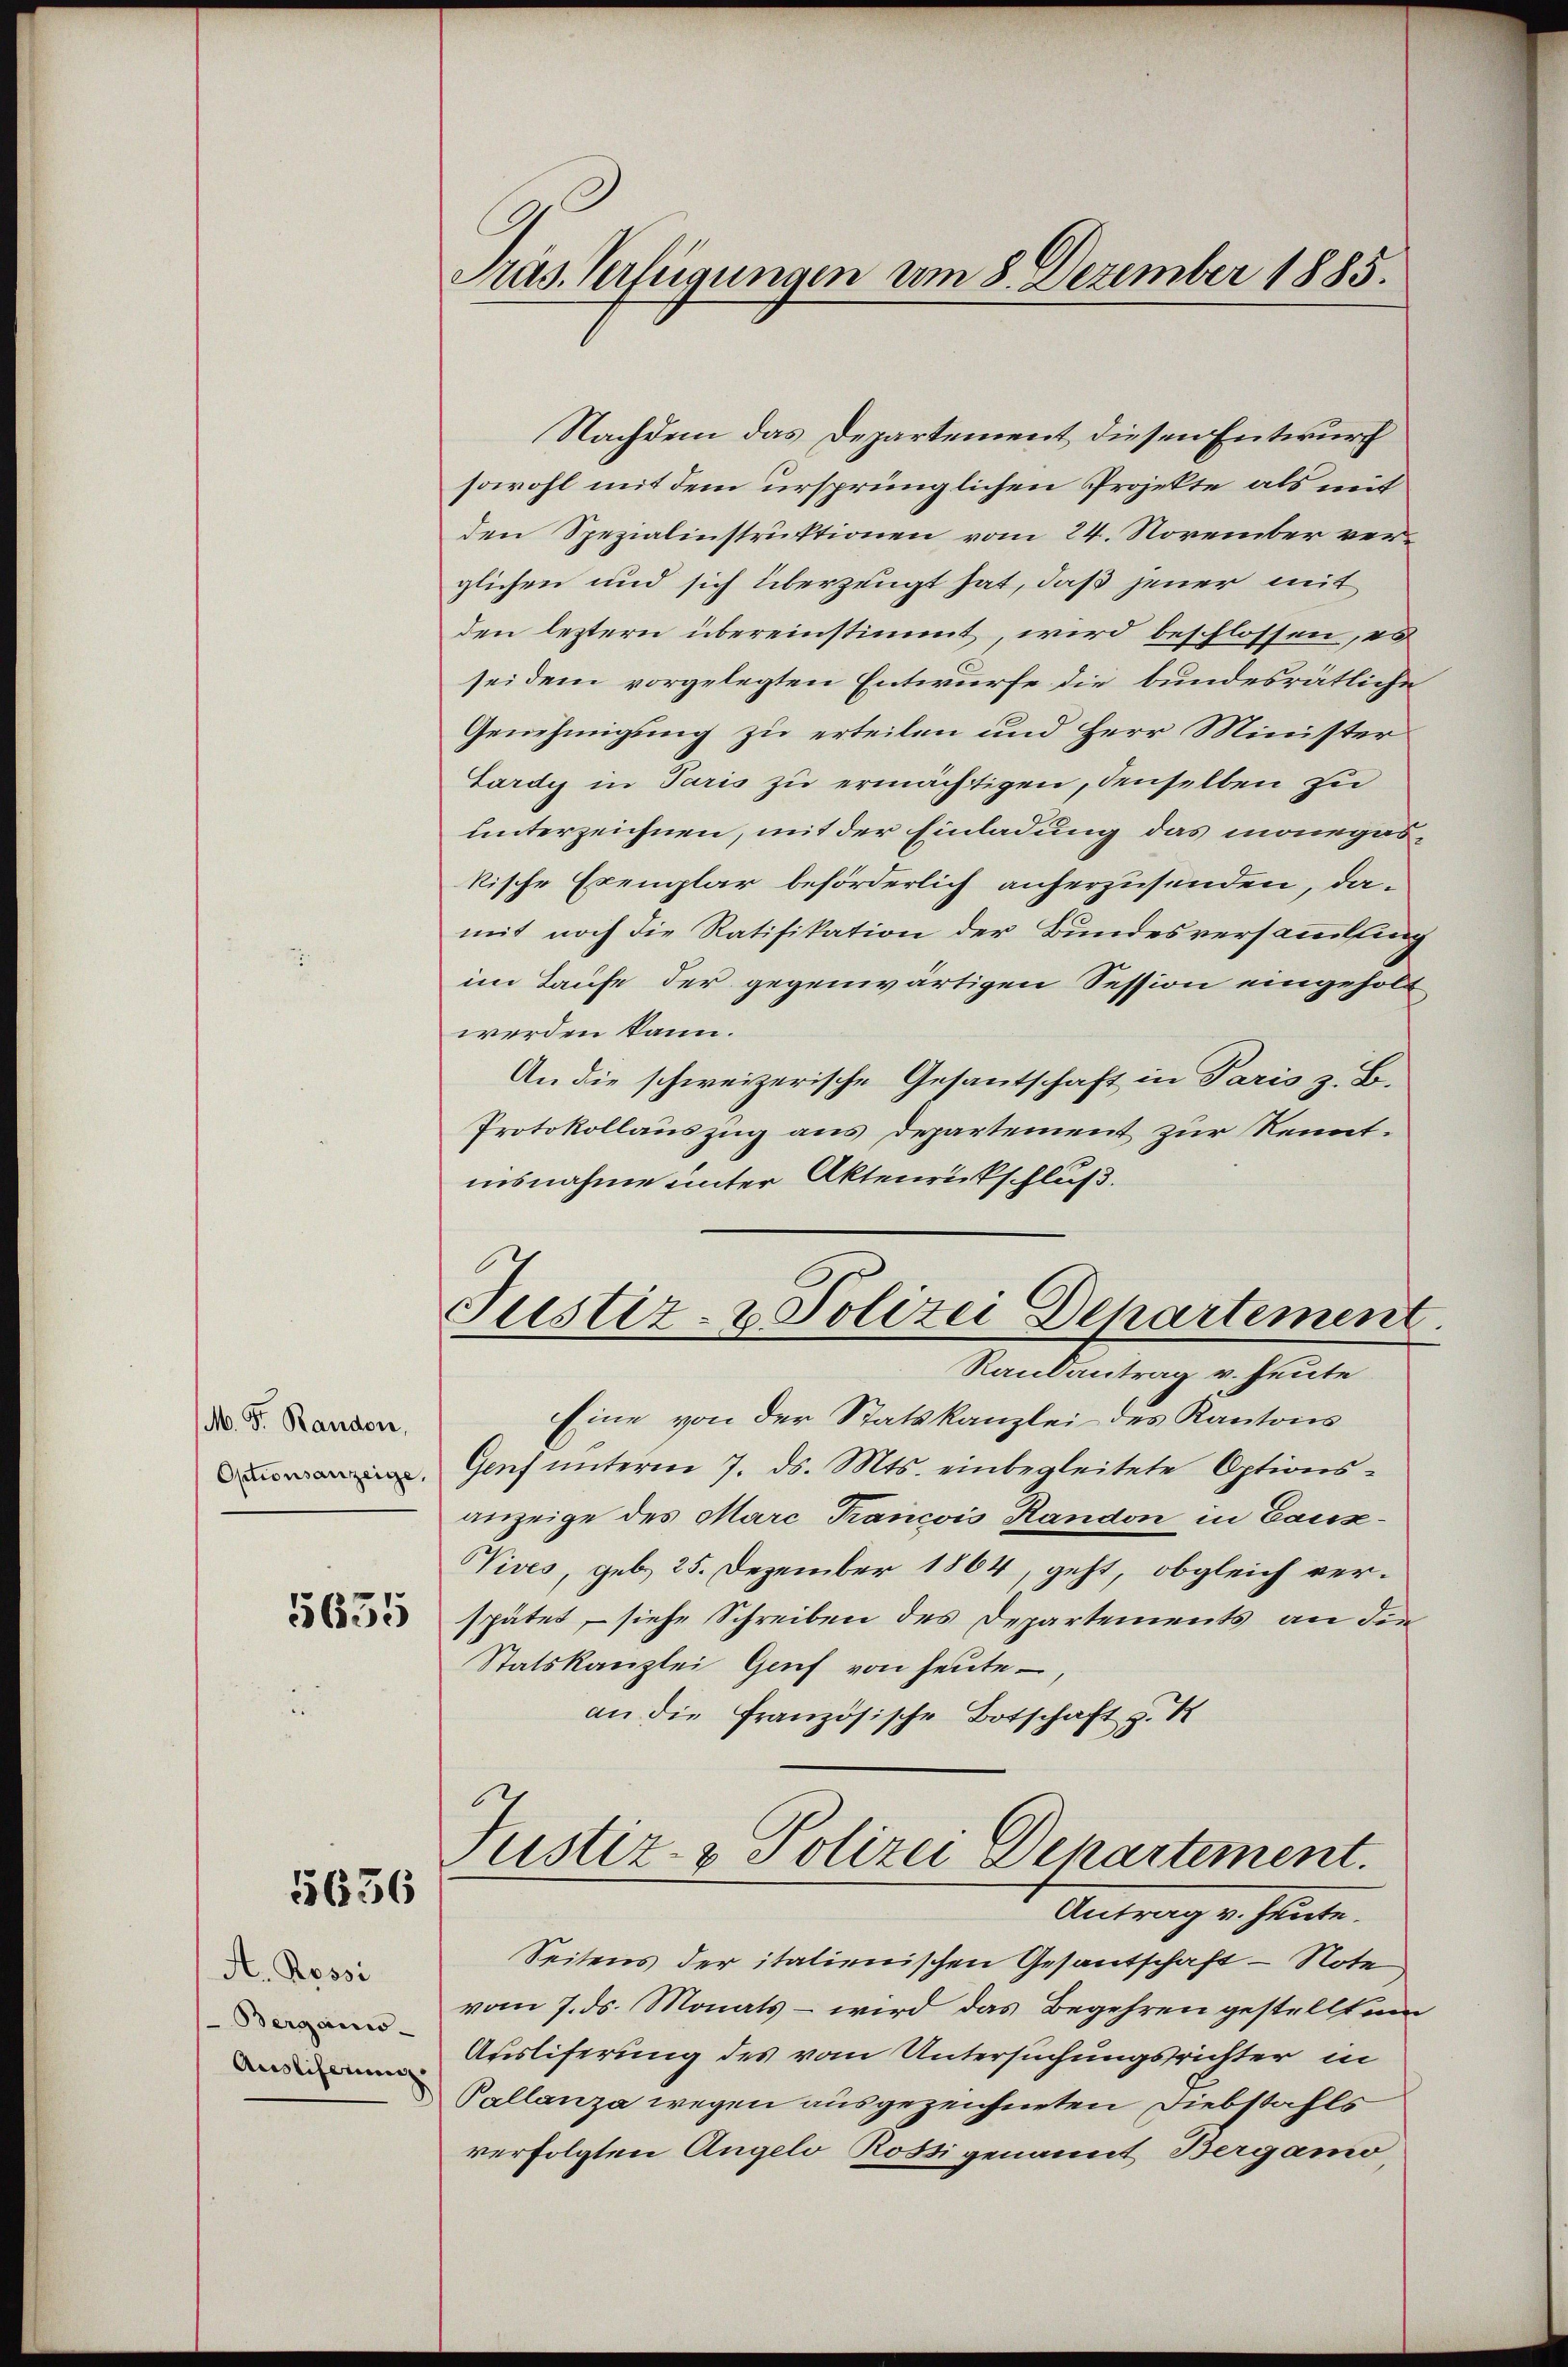
M. F. Randon,
Optionsanzeige,

5635

5636

A. Rossi
Berganis
Ausliferung,

Präs. Verfügungen vom 8. Dezember 1885.

Nachdem das Departement diesen Entwurf
sowohl mit dem ursprünglichen Projekte als mit
den Spezialinstruktionen vom 24. November verglichen und sich überzeugt hat, daß jener mit
den leztern übereinstimmt, wird beschlossen, es
sei dem vorgelegten Entwurfe die bundesrätliche
Genehmigung zu erteilen und Herr Minister
Lardy in Paris zu ermächtigen, denselben zu
unterzeichnen, mit der Einladung das monegaskische Exemplar beförderlich anherzusenden, damit noch die Ratifikation der Bundesversammlung
im Laufe der gegenwärtigen Session eingeholt
werden kann.
An die schweizerische Gesantschaft in Paris z. B.
Protokollauszug aus Departement zur Kenntnisnahme unter Aktenrückschluß.
Justiz- & Polizei Departement
Randantrag v. heute
Eine von der Statskanzlei des Kantons
Genf unterm 7. ds. Mts. einbegleitete Optionsanzeige des Marc Trancois Randon in Canz¬
Vives, geb. 25. Dezember 1864, geht, obgleich verspätet, – siehe Schreiben des Departements an die
Statskanzlei Genf von heutean die Französische Botschaft z. K
Justiz- & Polizei Departement.
Antrag v. heute.
Seitens der italienischen Gesantschaft - Note
vom 7. ds. Monats – wird das Begehren gestellt um
Ausliferung des vom Untersuchungsrichter in
Pallanza wegen ausgezeichneten Diebstahls
verfolgten Angelo Rostigenannt Bergamo